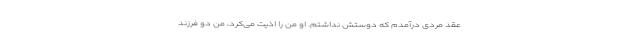
عقد مردی درآمدم که دوستش نداشتم. او من را اذیت می‌کرد، من دو فرزند